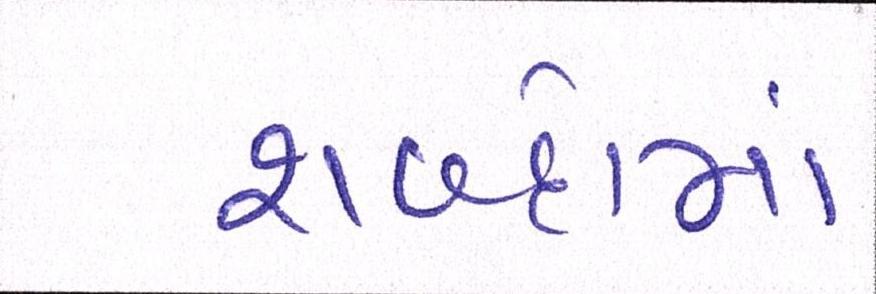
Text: શબ્દોમાં